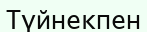
Түйнекпен